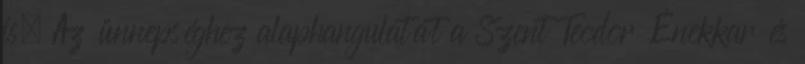
is. Az ünnepséghez alaphangulatát a Szent Teodor Énekkar és